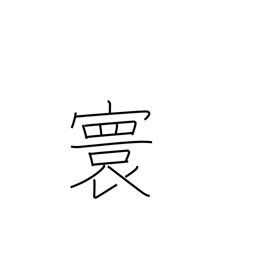
Meaning: imperial domain